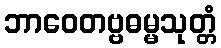
ဘာဝေတဗ္ဗဓမ္မသုတ္တံ